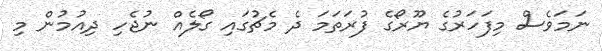
ނަމަވެސް މިފަހަރުގެ ޔޫރޯގެ ފުރަތަމަ ދެ މެޗުގައި ގޯލެއް ނުޖެހި ދިއުމުން މި